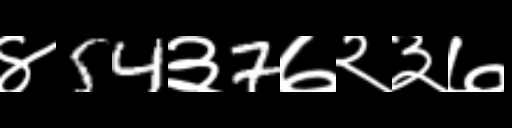
Text: ४54३7७२३७